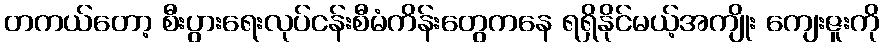
တကယ်တော့ စီးပွားရေးလုပ်ငန်းစီမံကိန်းတွေကနေ ရရှိနိုင်မယ့်အကျိုး ကျေးဇူးကို